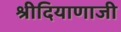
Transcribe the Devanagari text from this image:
श्रीदियाणाजी